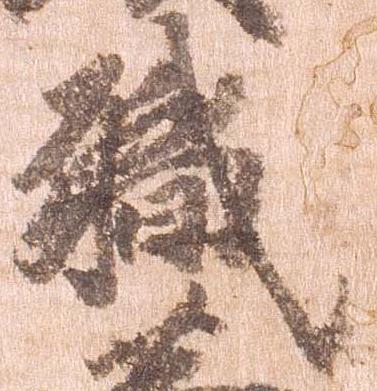
職